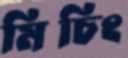
মিচিং